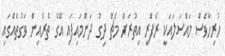
ހުރިހާވެސް މައްސަލައަކީ ރެފްރީ އިތުރަށް މެޗް ދިގު ދަންމައިފައި އޭގެ ތެރެއިން ވަގުތެއްގައި